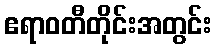
ဧရာဝတီတိုင်းအတွင်း